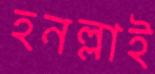
হনল্লাই